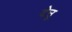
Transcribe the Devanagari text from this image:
देउु